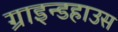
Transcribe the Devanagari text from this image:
ग्राइन्डहाउस